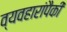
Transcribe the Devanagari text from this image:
व्यवहारांपैकी